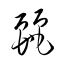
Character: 麗